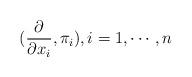
LaTeX: \begin{align*}(\frac{\partial}{\partial x_i}, \pi_i), i=1, \cdots, n\end{align*}